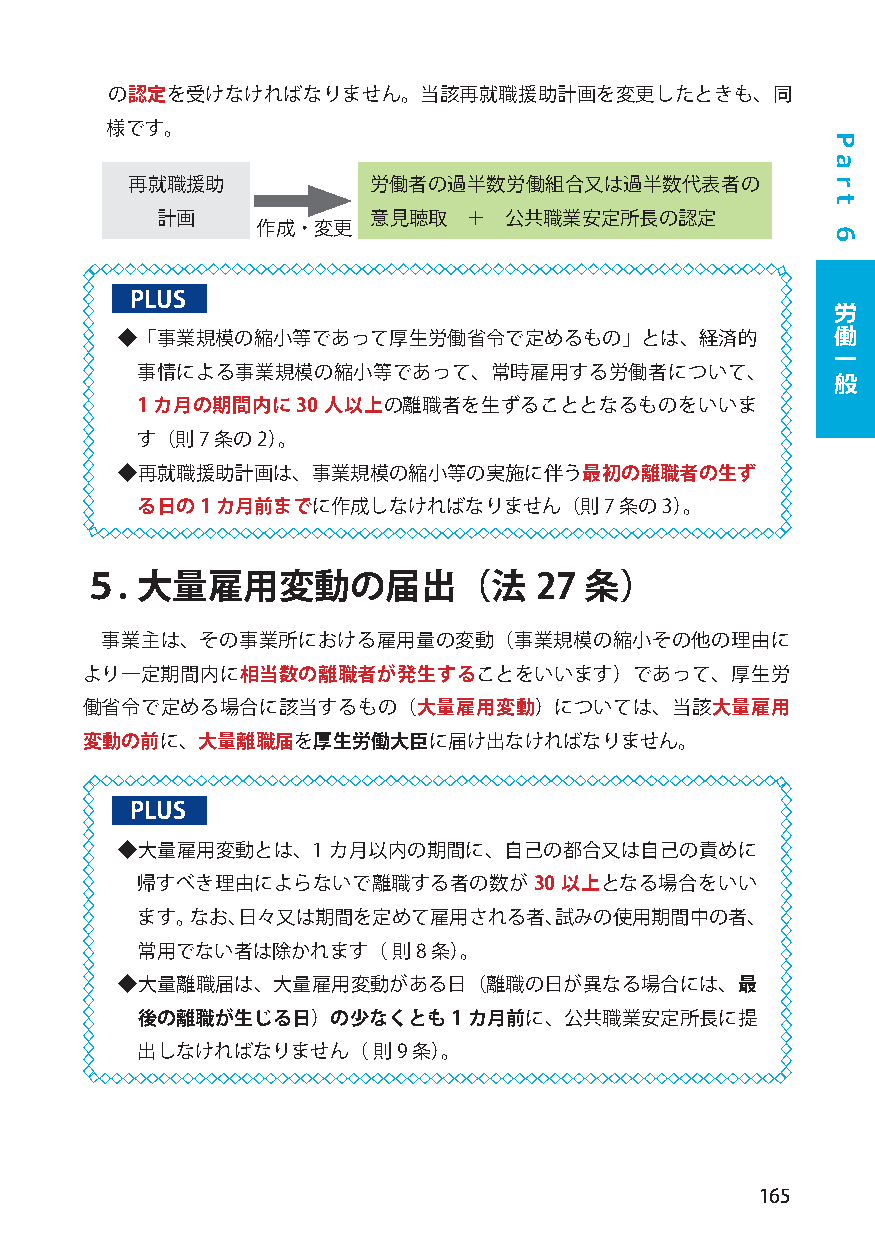
の認定を受けなければなりません。当該再就職援助計画を変更したときも、同
 様です。
 再就職援助           労働者の過半数労働組合又は過半数代表者の
 計画            意見聴取   ＋ 公共職業安定所長の認定
 作成・変更
 PLUS                                          労
 働
 ◆「事業規模の縮小等であって厚生労働省令で定めるもの」とは、経済的
 一
 事情による事業規模の縮小等であって、常時雇用する労働者について、              般
 1 カ月の期間内に30 人以上の離職者を生ずることとなるものをいいま
 す（則7 条の2）。
 ◆再就職援助計画は、事業規模の縮小等の実施に伴う最初の離職者の生ず
 る日の1カ月前までに作成しなければなりません（則7       条の3）。
 ５.  大量雇用変動の届出（法               27  条）
 事業主は、その事業所における雇用量の変動（事業規模の縮小その他の理由に
 より一定期間内に相当数の離職者が発生することをいいます）であって、厚生労
 働省令で定める場合に該当するもの（大量雇用変動）については、当該大量雇用
 変動の前に、大量離職届を厚生労働大臣に届け出なければなりません。
 PLUS
 ◆大量雇用変動とは、1   カ月以内の期間に、自己の都合又は自己の責めに
 帰すべき理由によらないで離職する者の数が30      以上となる場合をいい
 ます。なお、日々又は期間を定めて雇用される者、試みの使用期間中の者、
 常用でない者は除かれます（    則8条）。
 ◆大量離職届は、大量雇用変動がある日（離職の日が異なる場合には、最
 後の離職が生じる日）の少なくとも1     カ月前に、公共職業安定所長に提
 出しなければなりません（    則9条）。
 165
 P
 a
 r
 t
 6